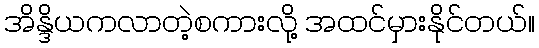
အိန္ဒိယကလာတဲ့စကားလို့ အထင်မှားနိုင်တယ်။